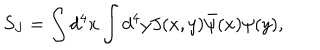
LaTeX: S _ { J } = \int d ^ { 4 } x \int d ^ { 4 } y J ( x , y ) \bar { \psi } ( x ) \psi ( y ) ,